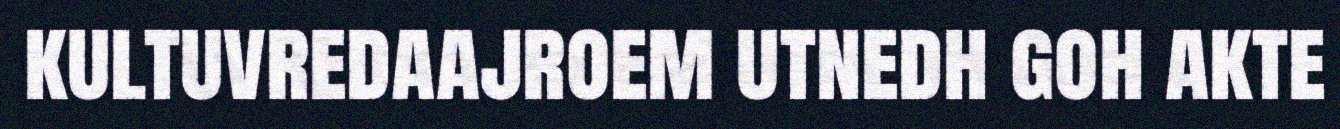
kultuvredaajroem utnedh goh akte